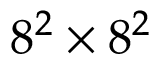
8 ^ { 2 } \times 8 ^ { 2 }